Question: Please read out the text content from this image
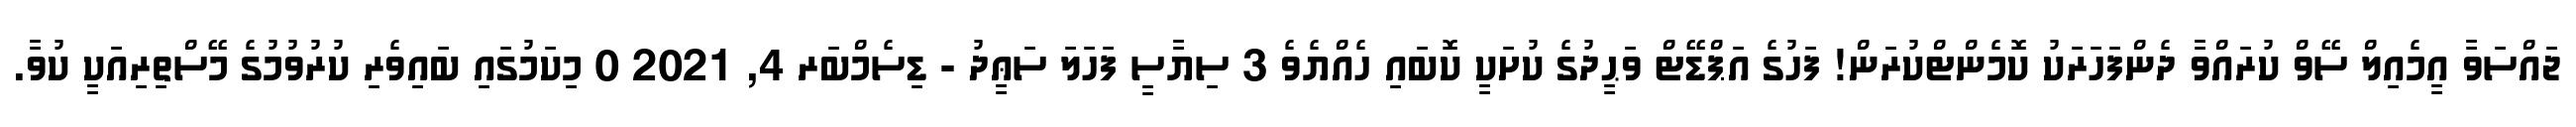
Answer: ޖައްސަވާ އީމެއިލް ސޭވް ކުރައްވާ ދެންފަހަރަކު ކޮމެންޓްކުރަން! ފަހުގެ އަޕްޑޭޓް ވަޙީދުގެ ކުށަކީ ކޮބައި ހެއްޔެވެ 3 ސިޔާސީ ފަހަލަ ސަޢީދު - ޑިސެމްބަރ 4, 2021 0 މިކަމުގައި ބައިވެރި ކުރުވުމުގެ މޭސްތިރިއަކީ ކުވާ.